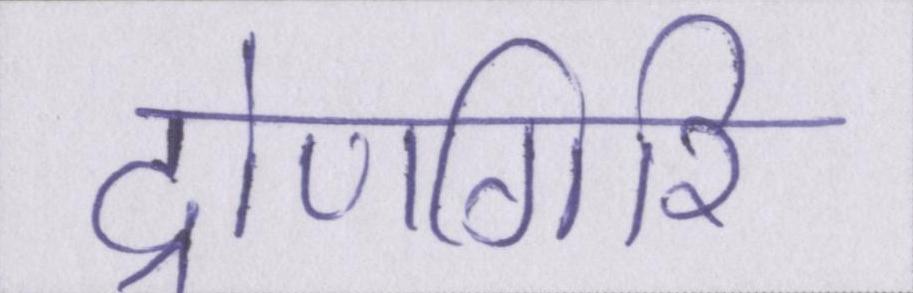
द्रोणगिरि